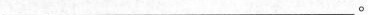
___。